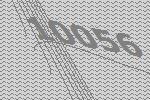
10056